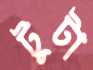
টুটা